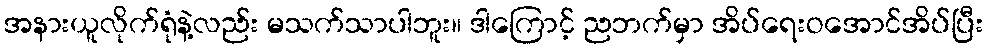
အနားယူလိုက်ရုံနဲ့လည်း မသက်သာပါဘူး။ ဒါကြောင့် ညဘက်မှာ အိပ်ရေးဝအောင်အိပ်ပြီး